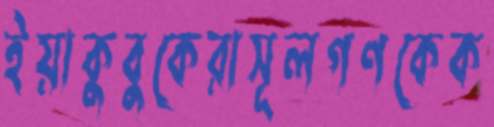
ইয়াকুবুকেরাসূলগণকেক